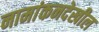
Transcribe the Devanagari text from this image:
नामांकनदेखील